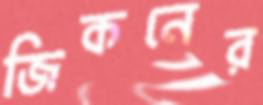
জিকনের